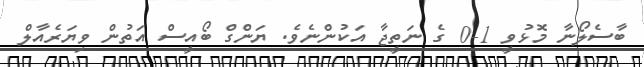
ބާސެލޯނާ މޮޅުވީ 1-0 ގެ ނަތީޖާ އަކުންނެވެ. ޔަންގް ބޯއީސް އަތުން ވިޔަރެއާލް